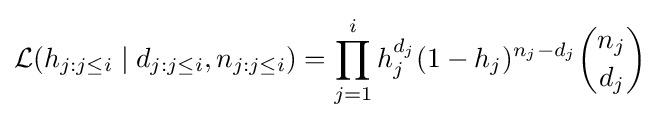
{\mathcal {L}}(h_{j:j\leq i}\mid d_{j:j\leq i},n_{j:j\leq i})=\prod _{j=1}^{i}h_{j}^{d_{j}}(1-h_{j})^{n_{j}-d_{j}}{n_{j} \choose d_{j}}